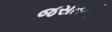
જસતની